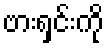
ဗားရှင်းကို